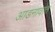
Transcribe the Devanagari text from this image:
आडनावांत